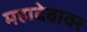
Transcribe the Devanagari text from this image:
महादेवावर